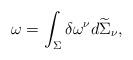
LaTeX: \begin{align*}\omega = \int_{\Sigma} \delta \omega^{\nu}d\widetilde{\Sigma}_{\nu},\end{align*}